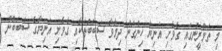
މި ތަމްރީނުގައި ގެވެށި އަނިޔާ ހިންގަން ދިމާވާ ސަބަބުތަކާއި ގެވެށި އަނިޔާގެ ސަބަބުން